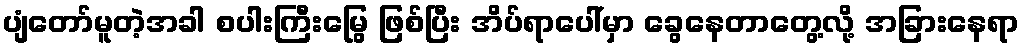
ပျံတော်မူတဲ့အခါ စပါးကြီးမြွေ ဖြစ်ပြီး အိပ်ရာပေါ်မှာ ခွေနေတာတွေ့လို့ အခြားနေရာ